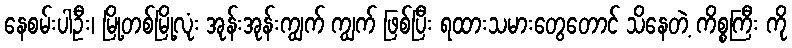
နေစမ်းပါဦး၊ မြို့တစ်မြို့လုံး အုန်းအုန်းကျွက် ကျွက် ဖြစ်ပြီး ရထားသမားတွေတောင် သိနေတဲ့ ကိစ္စကြီး ကို